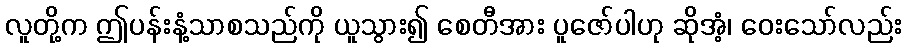
လူတို့က ဤပန်းနံ့သာစသည်ကို ယူသွား၍ စေတီအား ပူဇော်ပါဟု ဆိုအံ့၊ ဝေးသော်လည်း